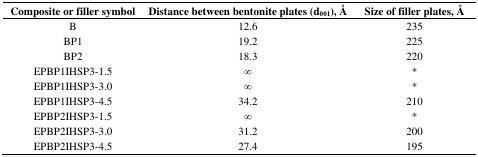
<table><thead><tr><td><b>Composite or filler symbol</b></td><td><b>Distance between bentonite plates (d<sub>001</sub>), Å</b></td><td><b>Size of filler plates, Å</b></td></tr></thead><tbody><tr><td>B</td><td>12.6</td><td>235</td></tr><tr><td>BP1</td><td>19.2</td><td>225</td></tr><tr><td>BP2</td><td>18.3</td><td>220</td></tr><tr><td>EPBP1IHSP3-1.5</td><td>∞</td><td>*</td></tr><tr><td>EPBP1IHSP3-3.0</td><td>∞</td><td>*</td></tr><tr><td>EPBP1IHSP3-4.5</td><td>34.2</td><td>210</td></tr><tr><td>EPBP2IHSP3-1.5</td><td>∞</td><td>*</td></tr><tr><td>EPBP2IHSP3-3.0</td><td>31.2</td><td>200</td></tr><tr><td>EPBP2IHSP3-4.5</td><td>27.4</td><td>195</td></tr></tbody></table>